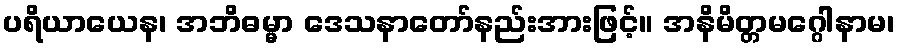
ပရိယာယေန၊ အဘိဓမ္မာ ဒေသနာတော်နည်းအားဖြင့်။ အနိမိတ္တမဂ္ဂေါနာမ၊